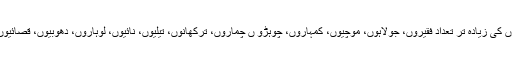
اس میں ایک یہ دلیل بھی پیش کی گئی تھی کہ پنجاب میں مسلمانوں کی زیادہ تر تعداد فقیروں، جولاہوں، موچیوں، کمہاروں، چوہڑو ں چماروں، ترکھانوں، تیلیوں، نائیوں، لوہاروں، دھوبیوں، قصائیوں اور میراثیوں پر مشتمل ہے اور ان کی زمین میں جڑیں نہیں ہیں۔